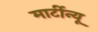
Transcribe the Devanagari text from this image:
मार्टीन्यू